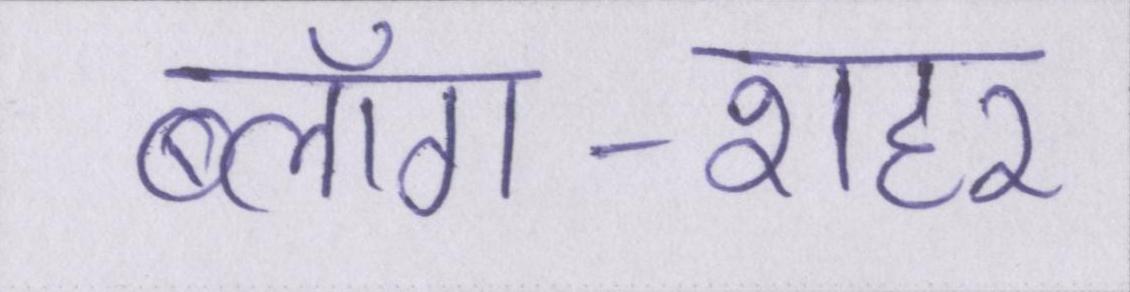
ब्लॉग-शहर